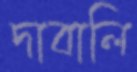
দাবালি